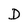
Character: D